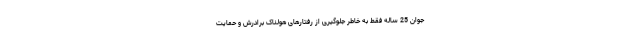
جوان 25 ساله فقط به خاطر جلوگیری از رفتارهای هولناک برادرش و حمایت